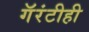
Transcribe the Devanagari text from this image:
गॅरंटीही